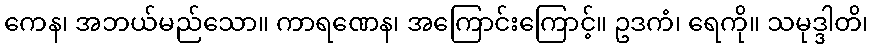
ကေန၊ အဘယ်မည်သော။ ကာရဏေန၊ အကြောင်းကြောင့်။ ဥဒကံ၊ ရေကို။ သမုဒ္ဒါတိ၊